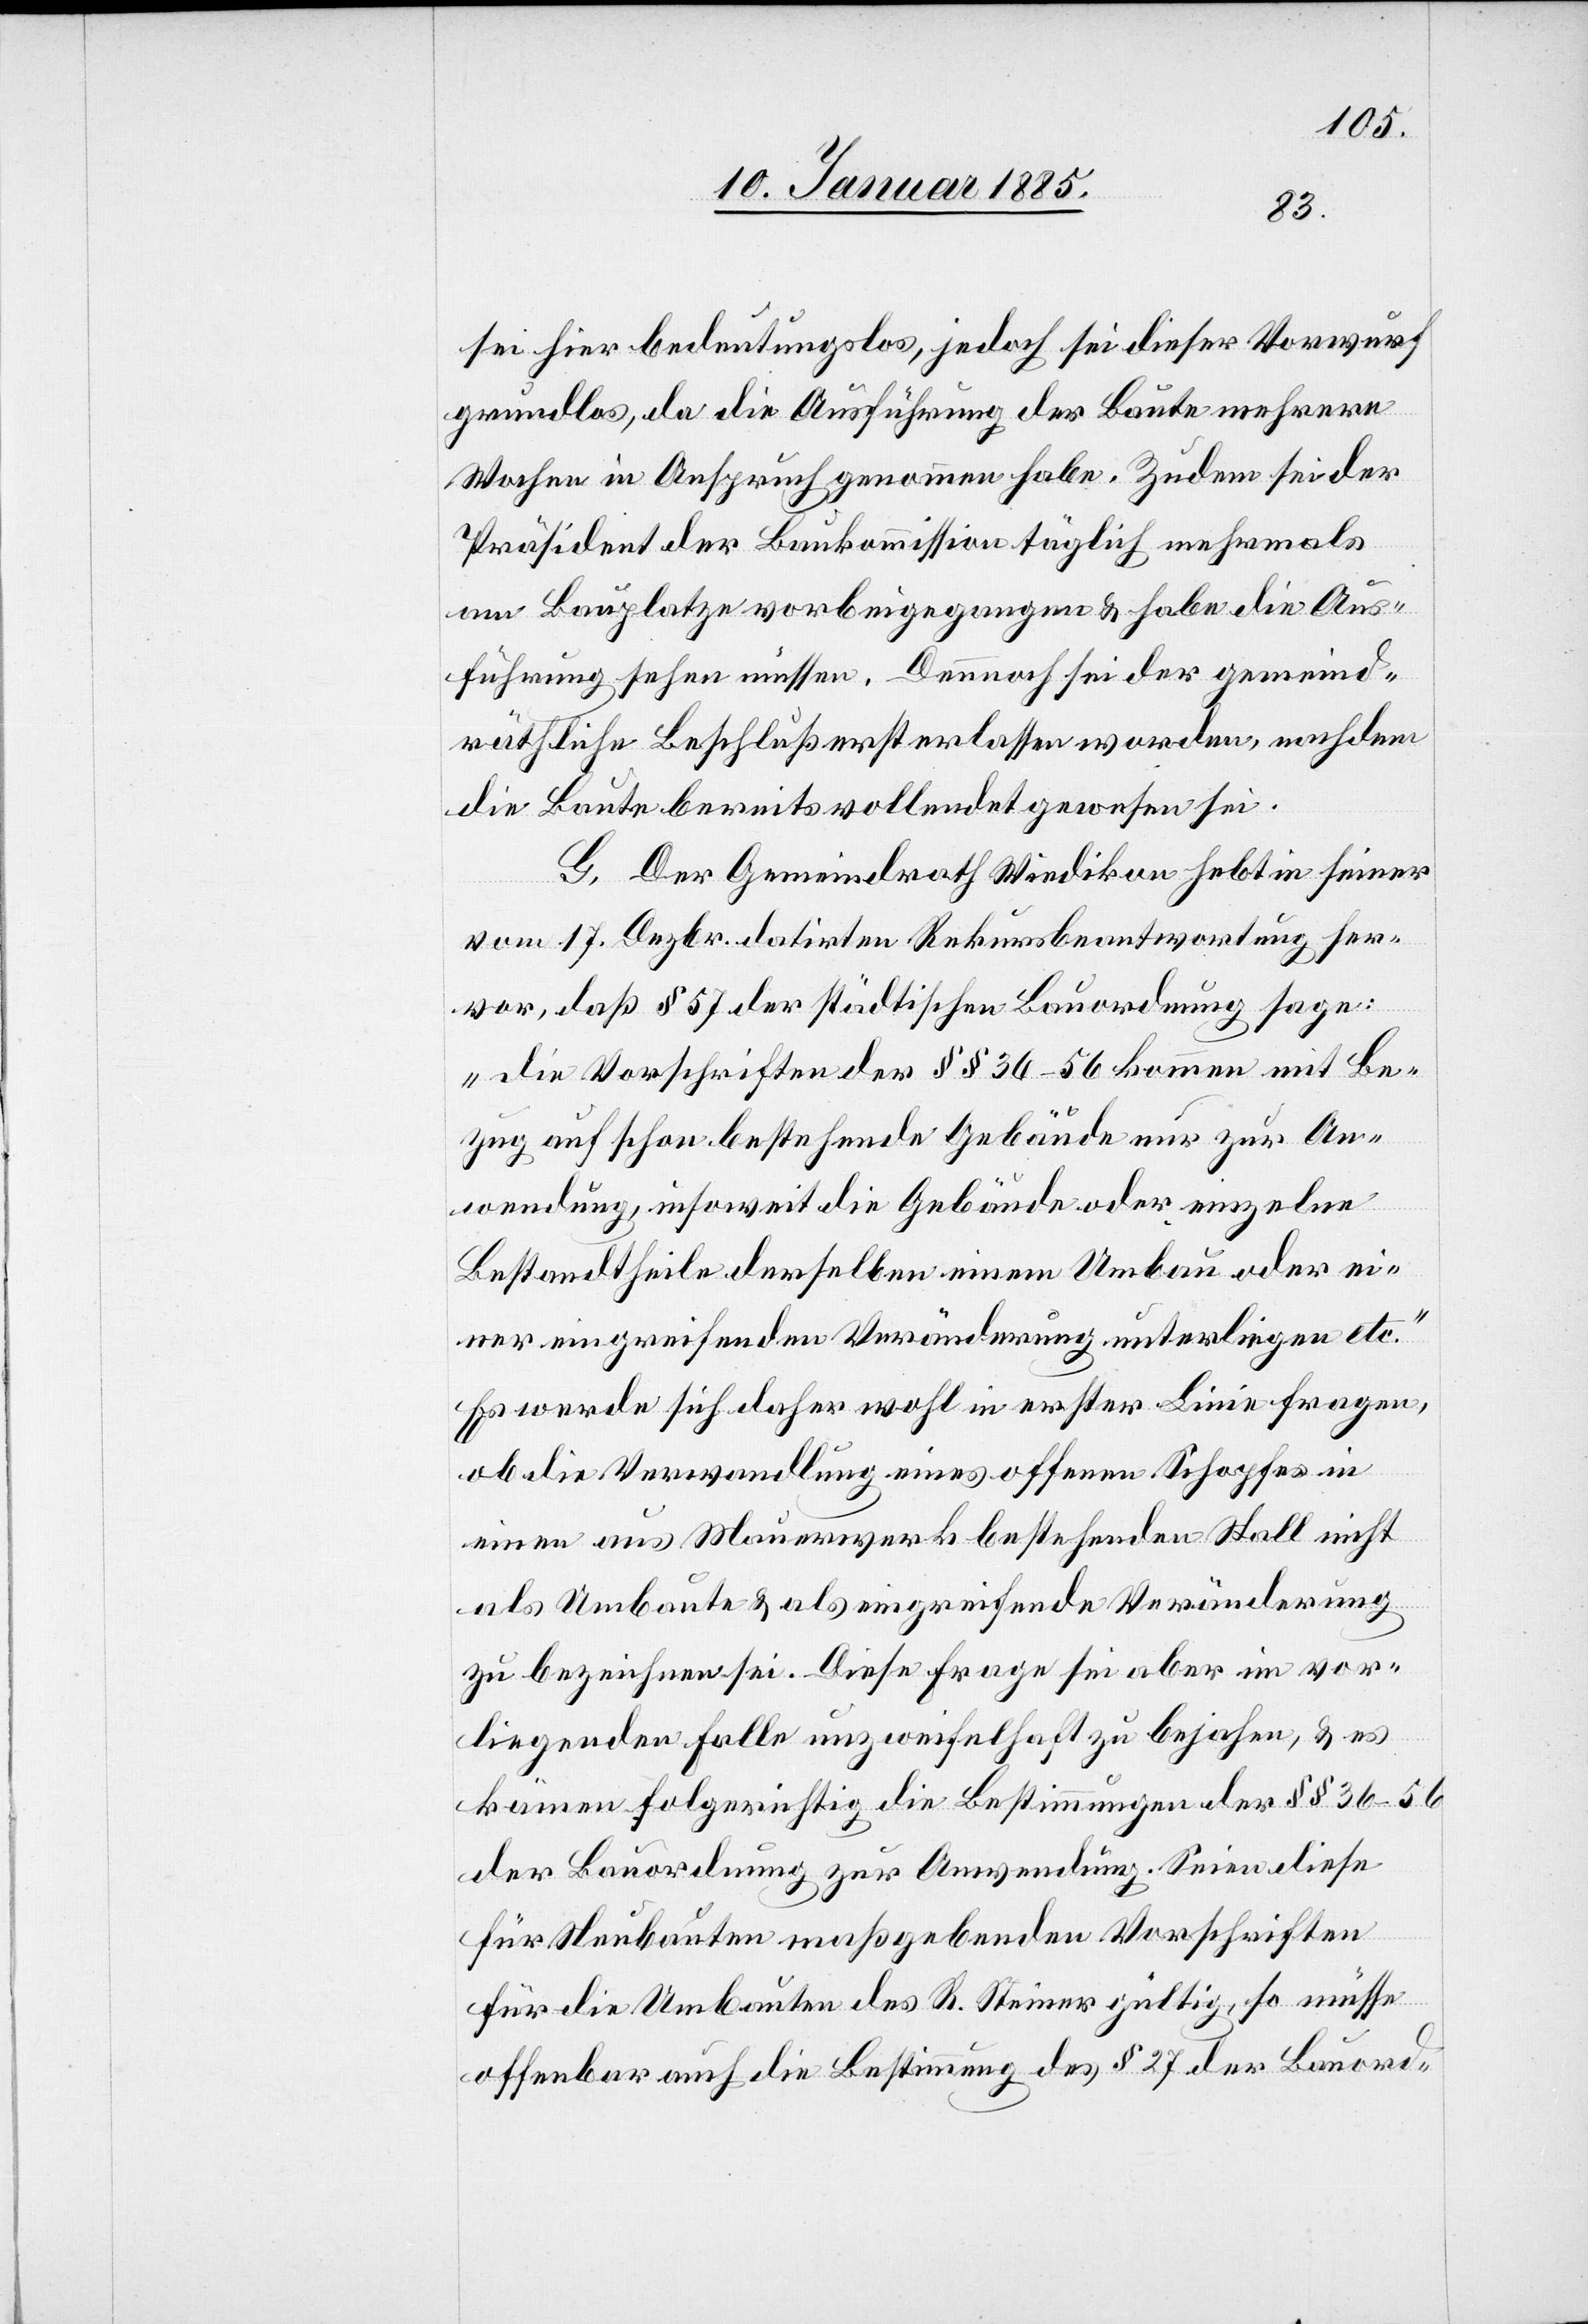
sei hier bedeutungslos, jedoch sei dieser Vorwurf
grundlos, da die Ausführung der Baute mehrere
Wochen in Anspruch genommen habe. Zudem sei der
Präsident der Baukommission täglich mehrmals
am Bauplatze vorbeigegangen & habe die Aus¬
führung sehen müssen. Dennoch sei der gemeind¬
räthliche Beschluß erst erlassen worden, nachdem
die Baute bereits vollendet gewesen sei.
G. Der Gemeindrath Wiedikon hebt in seiner
vom 17. Dezbr. datirten Rekursbeantwortung her¬
vor, daß § 57 der städtischen Bauordnung sage:
„Die Vorschriften der §§ 36–56 kommen mit Be¬
zug auf schon bestehende Gebäude nur zur An¬
wendung, insoweit die Gebäude oder einzelne
Bestandttheile derselben einem Umbau oder ei¬
ner eingreifenden Veränderung unterliegen etc.“
Es werde sich daher wohl in erster Linie fragen,
ob die Verwandlung eines offenen Schopfes in
einen aus Mauerwerk bestehenden Stall nicht
als Umbaute & als eingreifende Veränderung
zu bezeichnen sei. Diese Frage sei aber im vor¬
liegenden Falle unzweifelhaft zu bejahen, & es
kämen folgerichtig die Bestimmungen der §§ 36–56
der Bauordnung zur Anwendung. Seien diese
für Neubauten maßgebenden Vorschriften
für die Umbauten des R. Steiner gültig, so müsse
offenbar auch die Bestimmung des § 27 der Bauord-